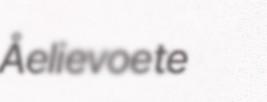
Åelievoete